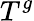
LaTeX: T^{g}